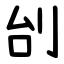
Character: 刣